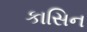
કાસિન